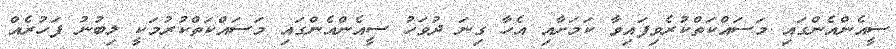
ސީއެންއެންގައި މަސައްކަތްކުރެވިފައިވާ ކަމަށާއި އެހާ ގިނަ ދުވަހު ސީއެންއެންގައި މަސައްކަތްކުުރުމަކީ ލިބުނު ފަހުރެއް